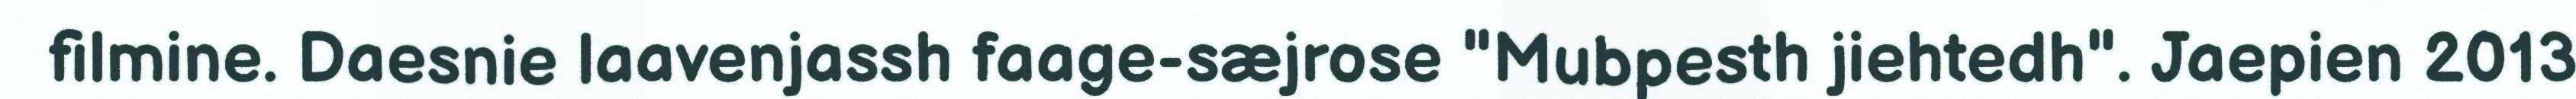
filmine. Daesnie laavenjassh faage-sæjrose "Mubpesth jiehtedh". Jaepien 2013